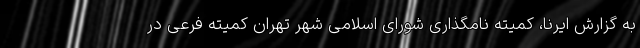
به گزارش ایرنا، کمیته نامگذاری شورای اسلامی شهر تهران کمیته فرعی در